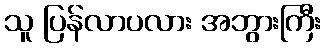
သူ ပြန်လာပလား အဘွားကြီး